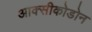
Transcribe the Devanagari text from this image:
आक्सीकोडोन